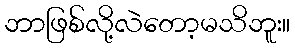
ဘာဖြစ်လို့လဲတော့မသိဘူး။